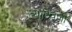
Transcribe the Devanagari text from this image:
त्याऎवजी